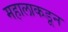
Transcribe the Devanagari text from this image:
महालाकडून